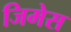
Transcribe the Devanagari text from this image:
जिमेस